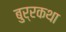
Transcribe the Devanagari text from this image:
बुर्रकथा